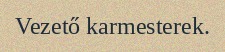
Vezető karmesterek.